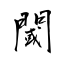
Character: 閾